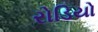
રોડિયો